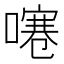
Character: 𠽱